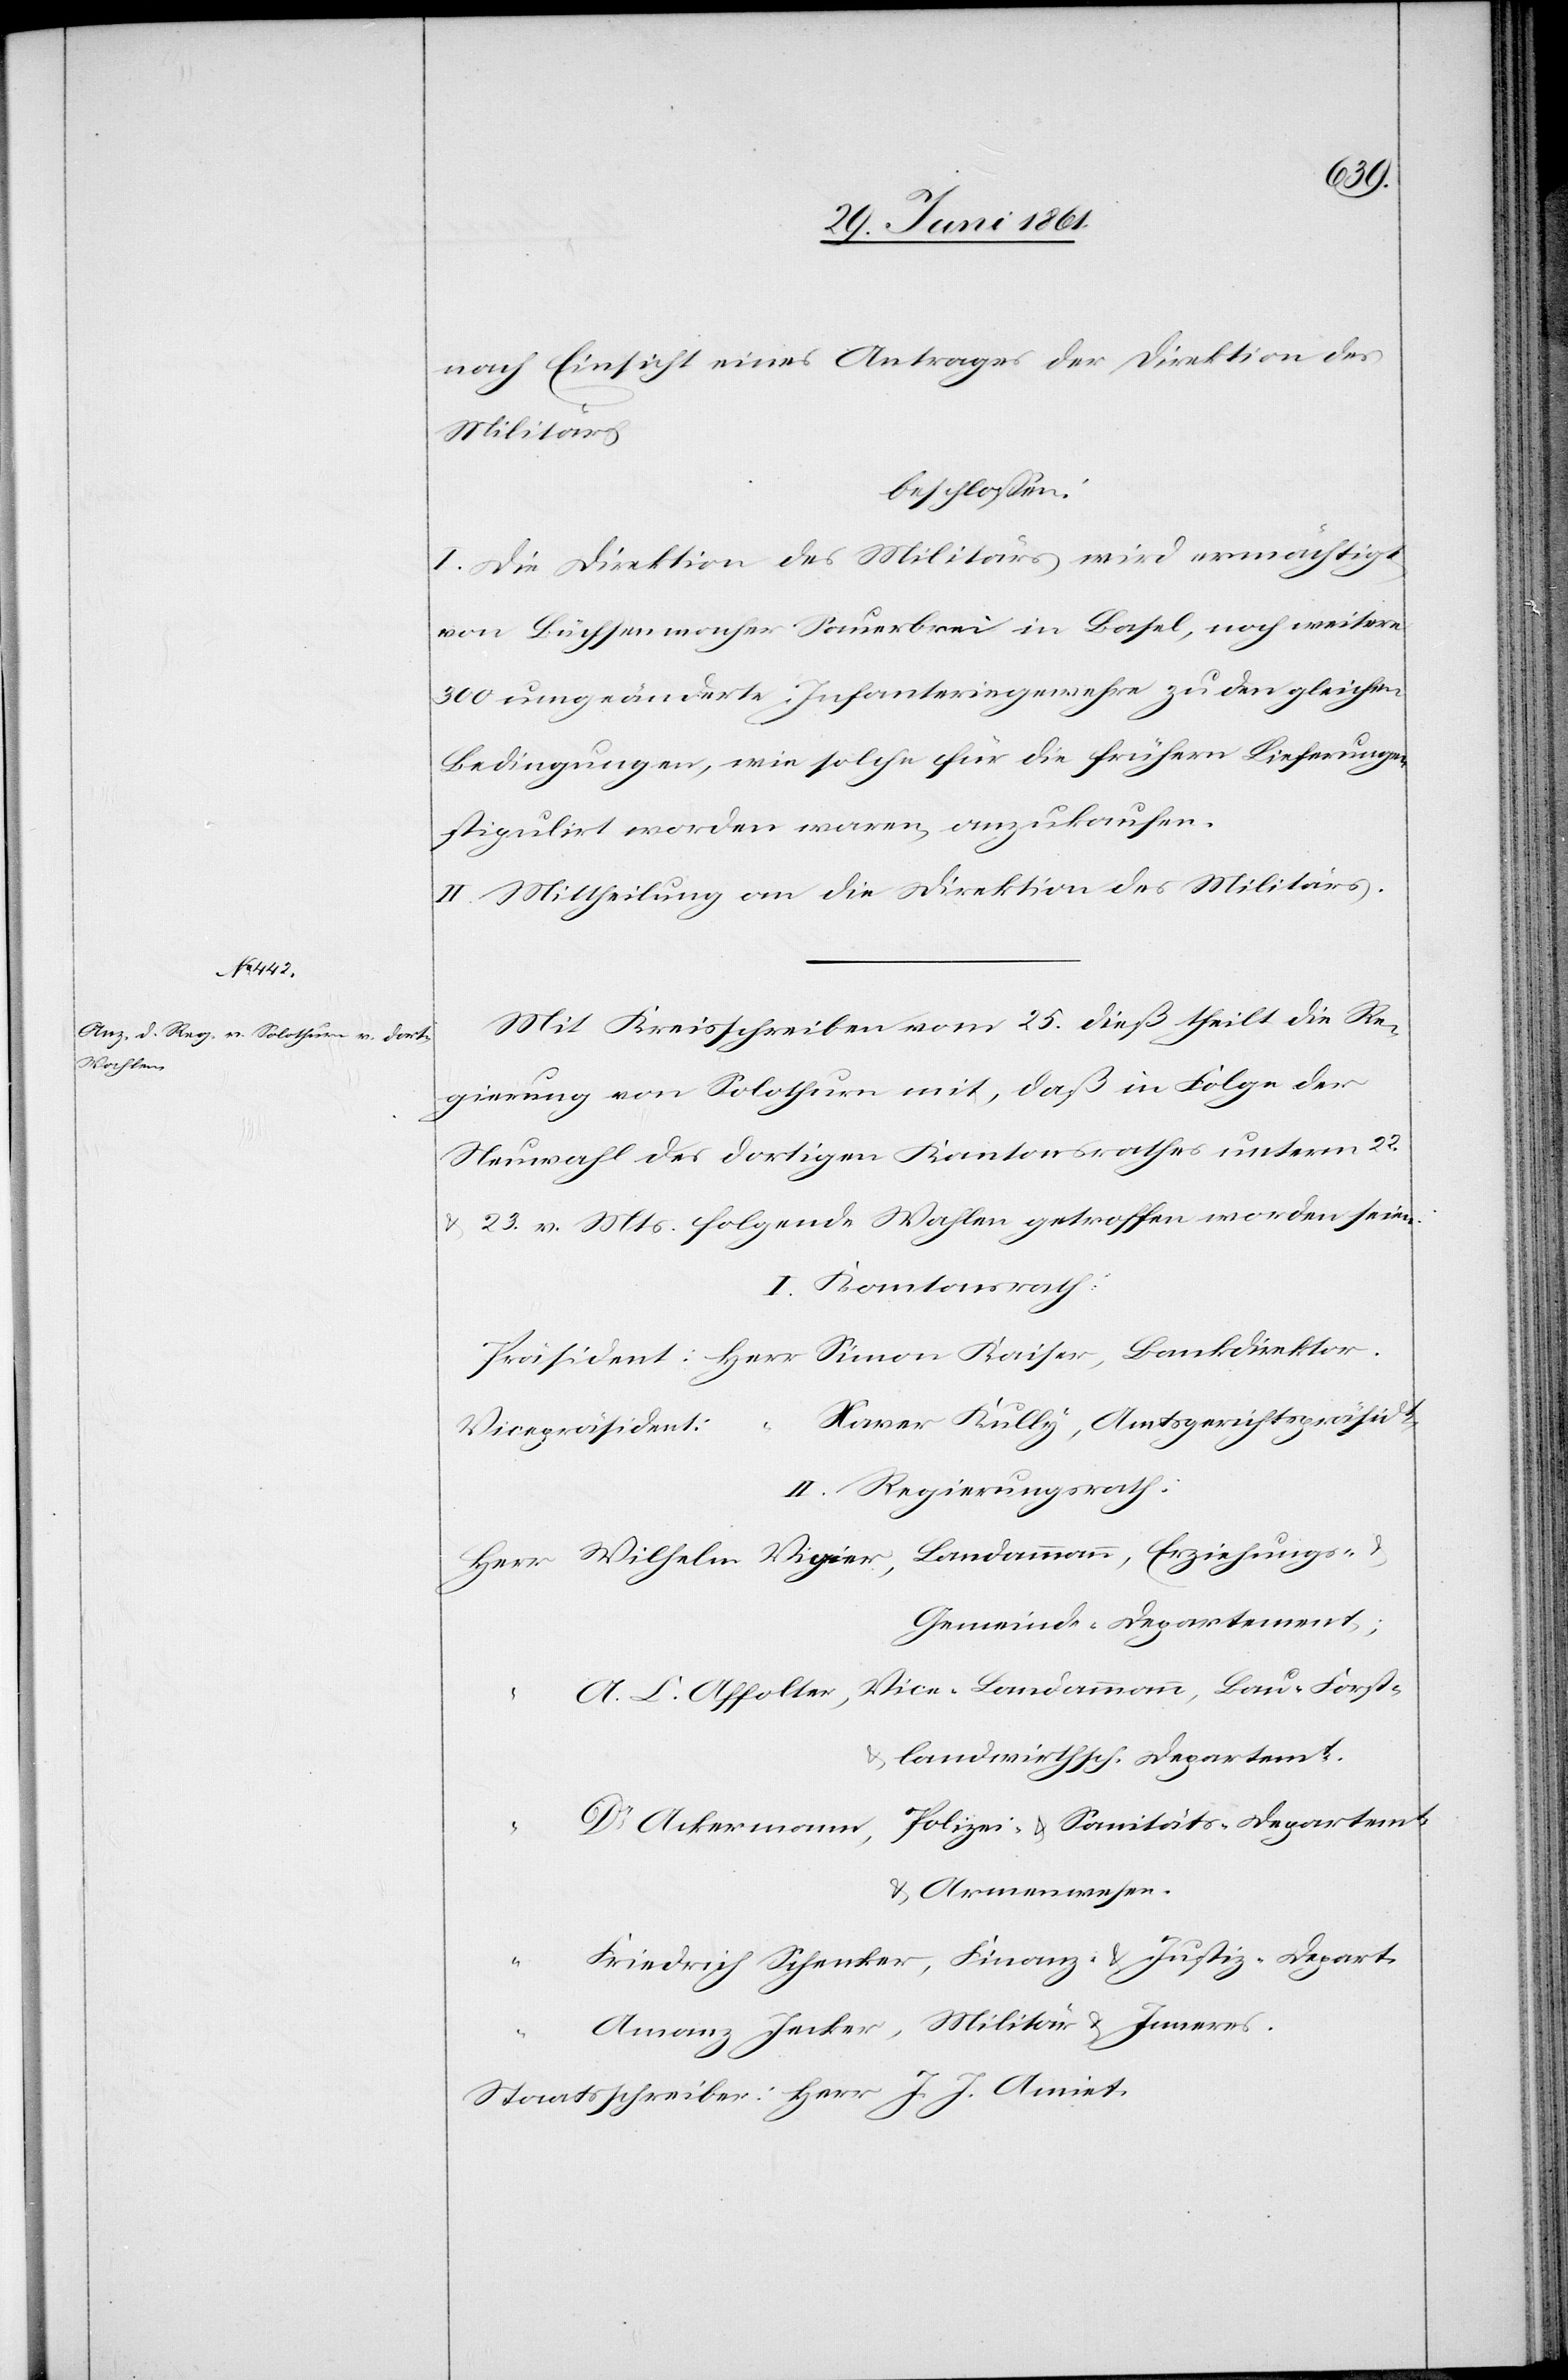
Polizei-
Schenker,

nach Einsicht eines Antrages der Direktion des
Militär
beschlossen:
I. Die Direktion des Militärs wird ermächtigt,
von Büchsenmacher Sauerbrei in Basel, noch weitere
300 umgeänderte Infanteriegewehre zu den gleichen
Bedingungen, wie solche für die frühern Lieferungen
stipulirt worden waren, anzukaufen.
II. Mittheilung an die Direktion des Militärs.
Mit Kreisschreiben vom 25. dieß theilt die Re¬
gierung von Solothurn mit, daß in Folge der
Neuwahl des dortigen Kantonsrathes unterm 22.
23. v. Mts. folgende Wahlen getroffen worden seien:
I. Kantonsrath:
Xaver Külly, Amtsgerichtspräsidt.
Vicepräsident:
II. Regierungsrath:
Gemeinde-Departement;
landwirtsch. Departement.
u.
u. Armenwesen.
Staatsschreiber: Herr J. Amiet.